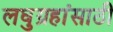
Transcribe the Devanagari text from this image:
लघुग्रहांसाठी